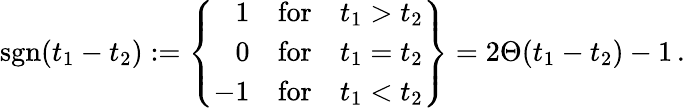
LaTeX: \mathrm{sgn}(t_{1}-t_{2}):=\left\{ \begin{array}{rcc}{{1}}&{{\mathrm{for}}}&{{t_{1}>t_{2}}}\\ {{0}}&{{\mathrm{for}}}&{{t_{1}=t_{2}}}\\ {{-1}}&{{\mathrm{for}}}&{{t_{1}<t_{2}}}\end{array}\right\} =2\Theta(t_{1}-t_{2})-1\, .